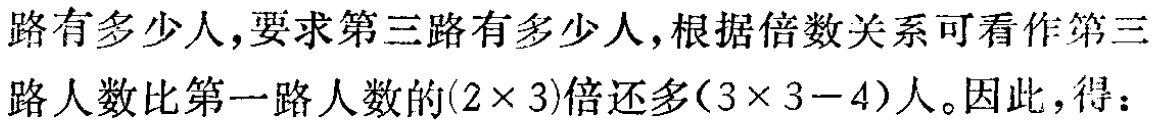
路有多少人,要求第三路有多少人,根据倍数关系可看作第三路人数比第一路人数的\((2\times 3)\)倍还多\((3\times 3 - 4)\)人。因此，得：